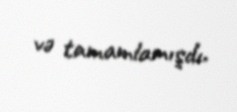
və tamamlamışdı.